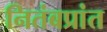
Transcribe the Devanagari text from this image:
नितंबप्रांत